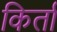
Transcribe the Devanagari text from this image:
किर्ता